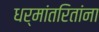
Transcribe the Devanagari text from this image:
धर्मांतरितांना